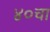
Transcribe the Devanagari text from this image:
४०चा